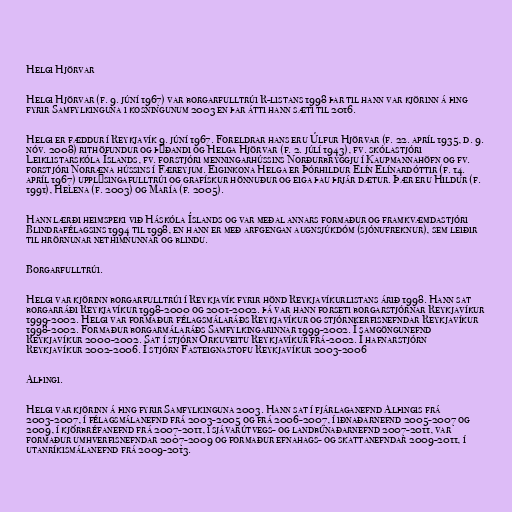
Helgi Hjörvar

Helgi Hjörvar (f. 9. júní 1967) var borgarfulltrúi R-listans 1998 þar til hann var kjörinn á þing
fyrir Samfylkinguna i kosningunum 2003 en þar átti hann sæti til 2016.

Helgi er fæddur í Reykjavík 9. júní 1967. Foreldrar hans eru Úlfur Hjörvar (f. 22. apríl 1935, d. 9.
nóv. 2008) rithöfundur og þýðandi og Helga Hjörvar (f. 2. júlí 1943), fv. skólastjóri
Leiklistarskóla Íslands, fv. forstjóri menningarhússins Norðurbryggju í Kaupmannahöfn og fv.
forstjóri Norræna hússins í Færeyjum. Eiginkona Helga er Þórhildur Elín Elínardóttir (f. 14.
apríl 1967) upplýsingafulltrúi og grafískur hönnuður og eiga þau þrjár dætur. Þær eru Hildur (f.
1991), Helena (f. 2003) og María (f. 2005).

Hann lærði heimspeki við Háskóla Íslands og var meðal annars formaður og framkvæmdastjóri
Blindrafélagsins 1994 til 1998, en hann er með arfgengan augnsjúkdóm (sjónufreknur), sem leiðir
til hrörnunar nethimnunnar og blindu.

Borgarfulltrúi.

Helgi var kjörinn borgarfulltrúi í Reykjavík fyrir hönd Reykjavíkurlistans árið 1998. Hann sat
borgarráði Reykjavíkur 1998-2000 og 2001-2002. þá var hann forseti borgarstjórnar Reykjavíkur
1999-2002. Helgi var formaður félagsmálaráðs Reykjavíkur og stjórnkerfisnefndar Reykjavíkur
1998-2002. Formaður borgarmálaráðs Samfylkingarinnar 1999-2002. Í samgöngunefnd
Reykjavíkur 2000-2002. Sat í stjórn Orkuveitu Reykjavíkur frá-2002. Í hafnarstjórn
Reykjavíkur 2002-2006. Í stjórn Fasteignastofu Reykjavíkur 2003-2006

Alþingi.

Helgi var kjörinn á þing fyrir Samfylkinguna 2003. Hann sat í fjárlaganefnd Alþingis frá
2003-2007, í félagsmálanefnd frá 2003-2005 og frá 2006-2007, í iðnaðarnefnd 2005-2007 og
2009, í kjörbréfanefnd frá 2007-2011, í sjávarútvegs- og landbúnaðarnefnd 2007-2011, var
formaður umhverfisnefndar 2007-2009 og formaður efnahags- og skattanefndar 2009-2011, í
utanríkismálanefnd frá 2009-2013.